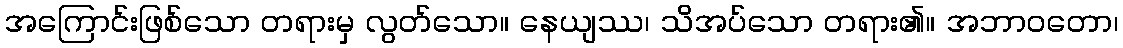
အကြောင်းဖြစ်သော တရားမှ လွတ်သော။ နေယျဿ၊ သိအပ်သော တရား၏။ အဘာဝတော၊